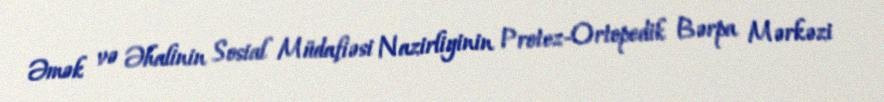
Əmək və Əhalinin Sosial Müdafiəsi Nazirliyinin Protez-Ortopedik Bərpa Mərkəzi